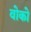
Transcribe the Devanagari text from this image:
वोको